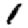
Digit: 1